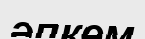
әпкем